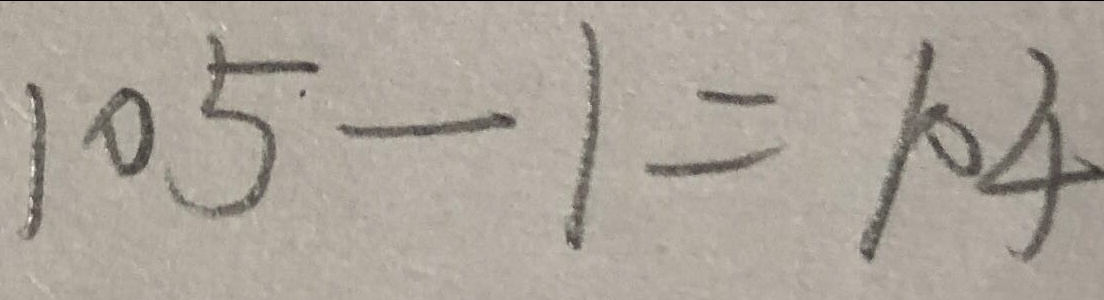
1 0 5 - 1 = 1 0 4